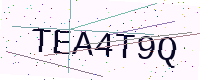
Text: TEA4T9Q